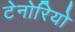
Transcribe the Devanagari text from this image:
टेनोरियो